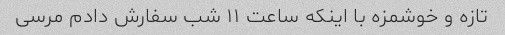
تازه و خوشمزه با اینکه ساعت ۱۱ شب سفارش دادم مرسی